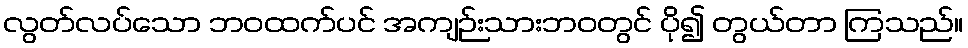
လွတ်လပ်သော ဘဝထက်ပင် အကျဉ်းသားဘဝတွင် ပို၍ တွယ်တာ ကြသည်။